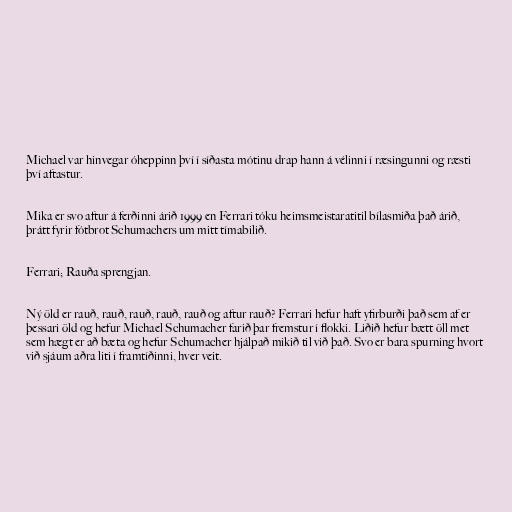
Michael var hinvegar óheppinn því í síðasta mótinu drap hann á vélinni í ræsingunni og ræsti
því aftastur.

Mika er svo aftur á ferðinni árið 1999 en Ferrari tóku heimsmeistaratitil bílasmiða það árið,
þrátt fyrir fótbrot Schumachers um mitt tímabilið.

Ferrari; Rauða sprengjan.

Ný öld er rauð, rauð, rauð, rauð, rauð og aftur rauð? Ferrari hefur haft yfirburði það sem af er
þessari öld og hefur Michael Schumacher farið þar fremstur í flokki. Liðið hefur bætt öll met
sem hægt er að bæta og hefur Schumacher hjálpað mikið til við það. Svo er bara spurning hvort
við sjáum aðra liti í framtíðinni, hver veit.